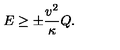
E \ge \pm \frac { v ^ { 2 } } { \kappa } Q .